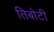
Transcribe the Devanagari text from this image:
तिबोटी